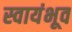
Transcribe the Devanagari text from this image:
स्वायंभूव